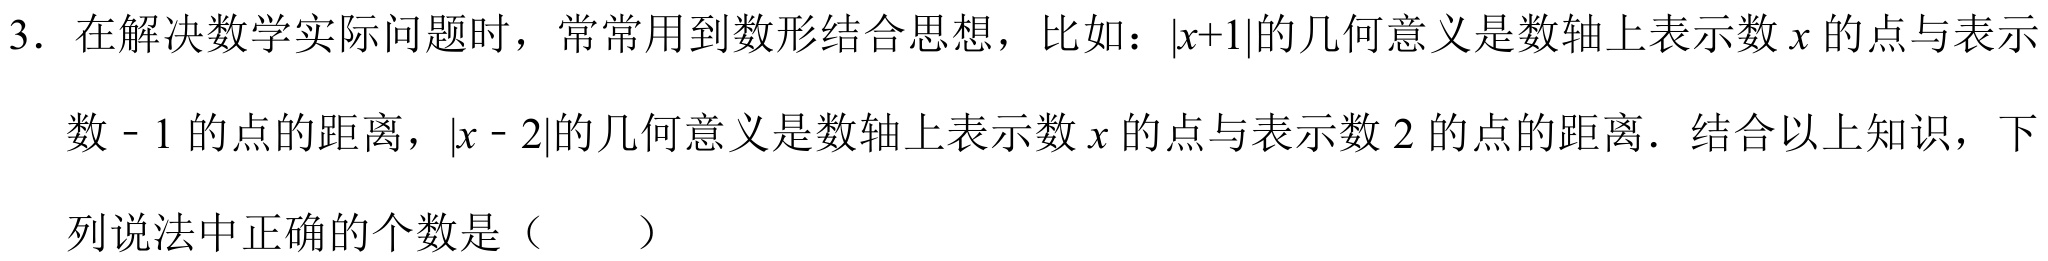
3. 在解决数学实际问题时，常常用到数形结合思想，比如：\(\vert x + 1\vert\)的几何意义是数轴上表示数\(x\)的点与表示数\(- 1\)的点的距离，\(\vert x - 2\vert\)的几何意义是数轴上表示数\(x\)的点与表示数\(2\)的点的距离．结合以上知识，下列说法中正确的个数是（  ）